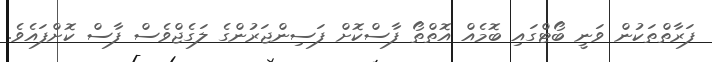
ފަރާތްތަކުން ވަނީ ބޯޓްގައި ބޮމެއް އޮތްތޯ ފާސްކޮށް ފަސިންޖަރުންގެ ލަގެޖްވެސް ފާސް ކޮށްފައެވެ.